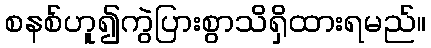
စနစ်ဟူ၍ကွဲပြားစွာသိရှိထားရမည်။